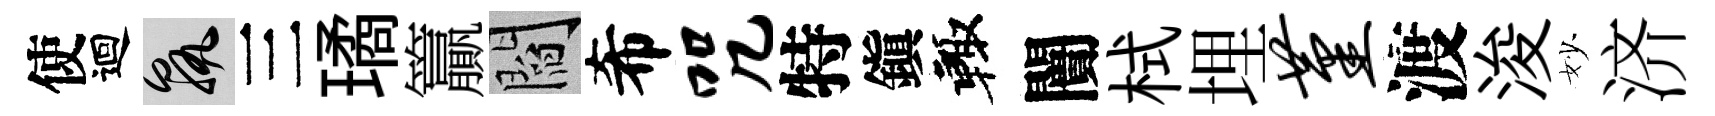
使迴孰三璚籯閻希咒特鎭輙闠栻埋堇渡浚妙济